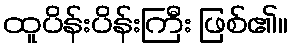
ထူပိန်းပိန်းကြီး ဖြစ်၏။